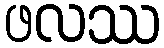
ဖလဿ